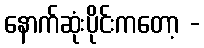
နောက်ဆုံးပိုင်းကတော့ -